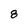
Character: 8